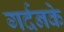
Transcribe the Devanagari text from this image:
गर्दनके